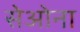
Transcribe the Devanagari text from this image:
सेओना